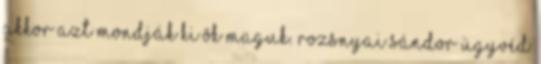
akkor azt mondják ki õk maguk. Rozsnyai Sándor ügyvéd